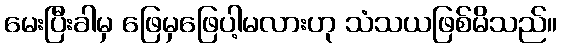
မေးပြီးခါမှ ဖြေမှဖြေပါ့မလားဟု သံသယဖြစ်မိသည်။